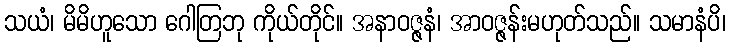
သယံ၊ မိမိဟူသော ဂေါတြဘု ကိုယ်တိုင်။ အနာဝဇ္ဇနံ၊ အာဝဇ္ဇန်းမဟုတ်သည်။ သမာနံပိ၊